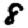
Digit: 8